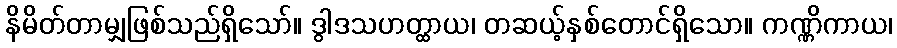
နိမိတ်တာမျှဖြစ်သည်ရှိသော်။ ဒွါဒသဟတ္ထာယ၊ တဆယ့်နှစ်တောင်ရှိသော။ ကဏ္ဏိကာယ၊